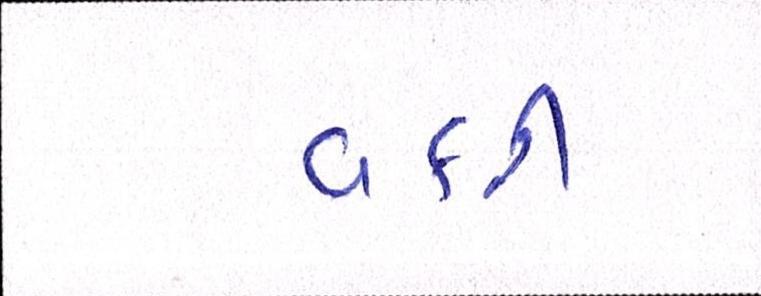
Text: વકરી